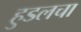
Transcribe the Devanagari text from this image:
हुडलचा